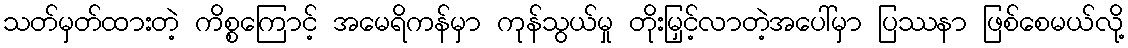
သတ်မှတ်ထားတဲ့ ကိစ္စကြောင့် အမေရိကန်မှာ ကုန်သွယ်မှု တိုးမြှင့်လာတဲ့အပေါ်မှာ ပြဿနာ ဖြစ်စေမယ်လို့